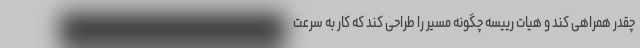
چقدر همراهی کند و هیات رییسه چگونه مسیر را طراحی کند که کار به سرعت